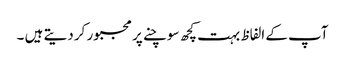
آپ کے الفاظ بہت کچھ سوچنے پر مجبور کر دیتے ہیں ۔